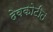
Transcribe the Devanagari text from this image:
देवकोटीत